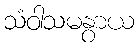
သံဝါသမနွာယ